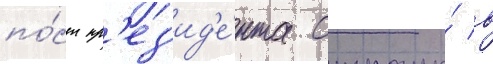
по́ст пр'ез'ид'е́нта страны́ в